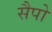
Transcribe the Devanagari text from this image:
सैपो